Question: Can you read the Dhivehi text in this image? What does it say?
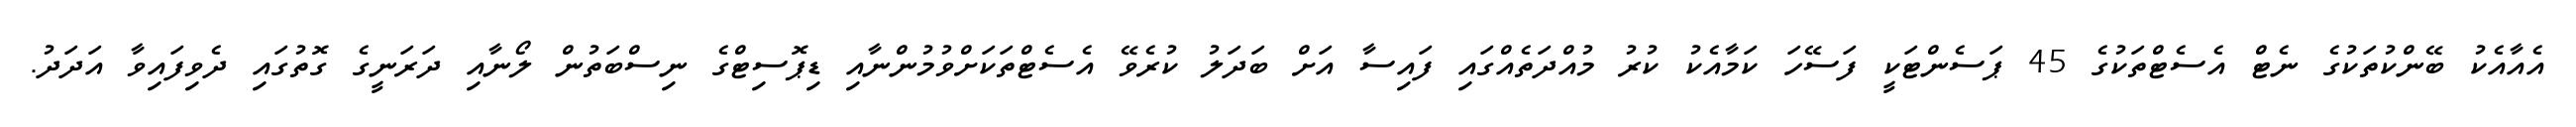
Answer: އެއާއެކު ބޭންކުތަކުގެ ނެޓް އެސެޓްތަކުގެ 45 ޕަސެންޓަކީ ފަސޭހަ ކަމާއެކު ކުރު މުއްދަތެއްގައި ފައިސާ އަށް ބަދަލު ކުރެވޭ އެސެޓްތަކަށްވުމުންނާއި ޑިޕޮސިޓްގެ ނިސްބަތުން ލޯނާއި ދަރަނީގެ ގޮތުގައި ދެވިފައިވާ އަދަދު.